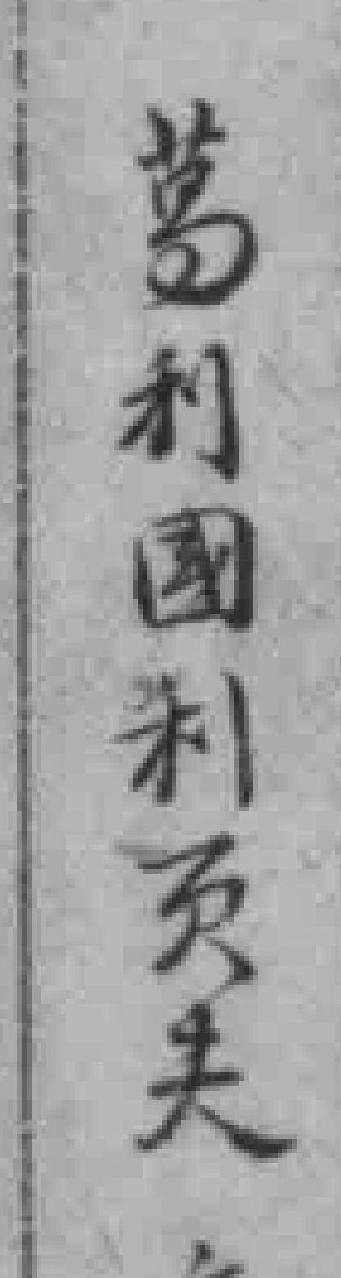
葛利國利页夫